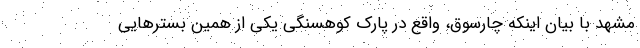
مشهد با بیان اینکه چارسوق، واقع در پارک کوهسنگی یکی از همین بسترهایی